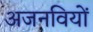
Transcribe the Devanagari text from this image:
अजनवियों